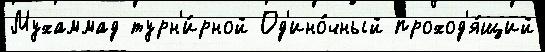
Мухаммад турн'и́рной Од'ино́чный проход'я́щий